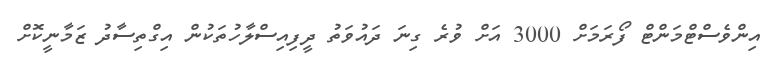
އިންވެސްޓްމަންޓް ފޯރަމަށް 3000 އަށް ވުރެ ގިނަ ދައުވަތު ދީފިއިސްލާހުތަކުން އިގްތިސާދު ޒަމާނީކޮށް